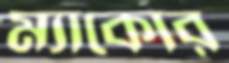
ম্যাকোর